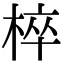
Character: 椊